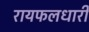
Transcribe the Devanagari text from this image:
रायफलधारी